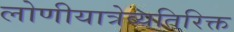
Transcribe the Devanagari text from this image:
लोणीयात्रेव्यतिरिक्त